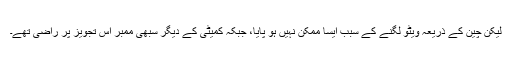
لیکن چین کے ذریعہ ویٹو لگنے کے سبب ایسا ممکن نہیں ہو پایا، جبکہ کمیٹی کے دیگر سبھی ممبر اس تجویز پر راضی تھے۔